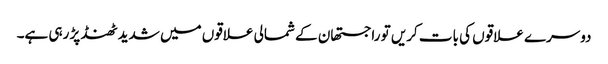
دوسرے علاقوں کی بات کریں تو راجستھان کے شمالی علاقوں میں شدید ٹھنڈ پڑ رہی ہے۔